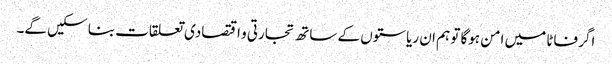
اگر فاٹا میں امن ہوگا تو ہم ان ریاستوں کے ساتھ تجارتی و اقتصادی تعلقات بنا سکیں گے۔